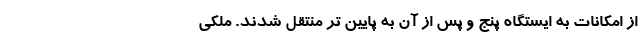
از امکانات به ایستگاه پنج و پس از آن به پایین تر منتقل شدند. ملکی